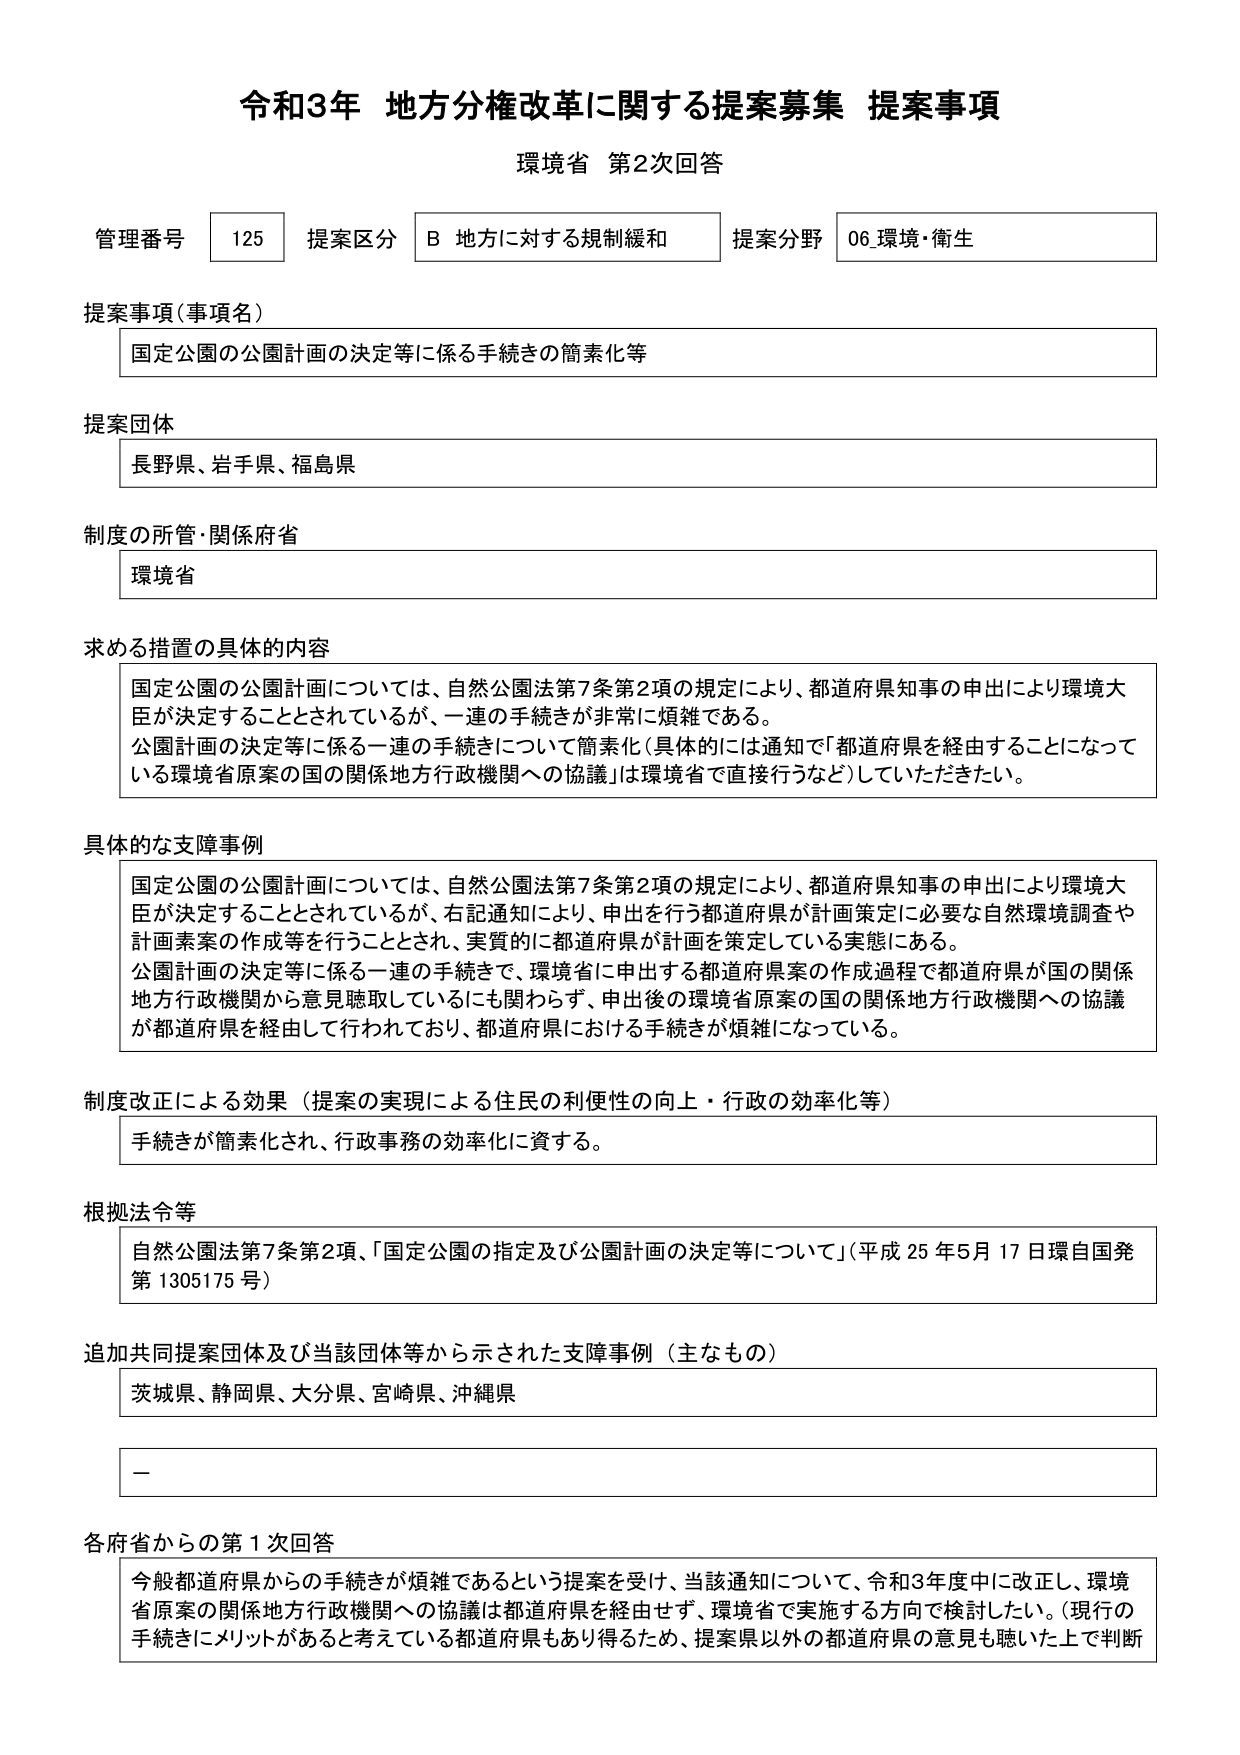
令和3年 地方分権改革に関する提案募集 提案事項
環境省 第2次回答

管理番号 125 提案区分 B 地方に対する規制緩和 提案分野 06 環境・衛生

提案事項（事項名）
国立公園の公園計画の決定等に係る手続きの簡素化等

提案団体
長野県、岩手県、福島県

制度の所管・関係府省
環境省

求める措置の具体的内容
国立公園の公園計画については、自然公園法第7条第2項の規定により、都道府県知事の申出により環境大臣が決定することとされているが、一連の手続きが非常に煩雑である。
公園計画の決定等に係る一連の手続きについて簡素化（具体的には通知で「都道府県を経由することになっている環境省原案の国の関係地方行政機関への協議」は環境省で直接行うなど）していただきたい。

具体的な支障事例
国立公園の公園計画については、自然公園法第7条第2項の規定により、都道府県知事の申出により環境大臣が決定することとされているが、右記通知により、申出を行う都道府県が計画策定に必要な自然環境調査や計画素案の作成等を行うこととされ、実質的に都道府県が計画を策定している実態にある。
公園計画の決定等に係る一連の手続きで、環境省に申出する都道府県案の作成過程で都道府県が国の関係地方行政機関から意見聴取しているにも関わらず、申出後の環境省原案の国の関係地方行政機関への協議が都道府県を経由して行われており、都道府県における手続きが煩雑になっている。

制度改正による効果（提案の実現による住民の利便性の向上・行政の効率化等）
手続きが簡素化され、行政事務の効率化に資する。

根拠法令等
自然公園法第7条第2項、「国立公園の指定及び公園計画の決定等について」（平成25年5月17日環自国発第1305175号）

追加共同提案団体及び当該団体等から示された支障事例（主なもの）
茨城県、静岡県、大分県、宮崎県、沖縄県

－

各府省からの第1次回答
今般都道府県からの手続きが煩雑であるという提案を受け、当該通知について、令和3年度中に改正し、環境省原案の関係地方行政機関への協議は都道府県を経由せず、環境省で実施する方向で検討したい。（現行の手続きにメリットがあると考えている都道府県もあり得るため、提案県以外の都道府県の意見も聴いた上で判断）